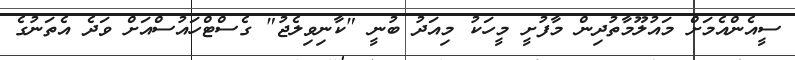
ސީއެންއެމަށް މައުލޫމާތުދިން މާފުށީ މީހަކު މިއަދު ބުނީ "ކާނިވިލެޖު" ގެސްޓްހައުސްއަށް ވަދެ އެތަނުގެ